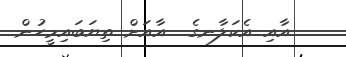
އާއި އެކަލާނގެ  އާއަށް ތިޔަބައިމީހުން